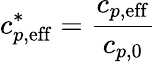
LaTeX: c_{p,\mathrm{eff}}^{*}=\frac{c_{p,\mathrm{eff}}}{c_{p,0}}